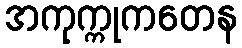
အကုက္ကုကတေန